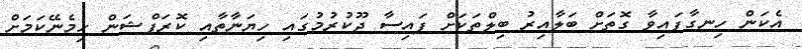
އެކަން ހިނގާފައިވާ ގޮތަށް ބަލާއިރު ބިލްތަކަށް ފައިސާ ދޫކުރުމުގައި ހިޔަނާތާއި ކޮރަޕްޝަން ހިމެނޭކަމަށް